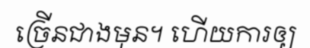
ច្រើនជាងមុន។ ហើយការឲ្យ